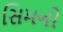
સિમનો